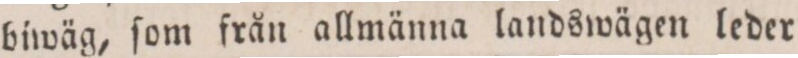
biwäg, ſom från allmänna landswägen leder